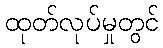
ထုတ်လုပ်မှုတွင်